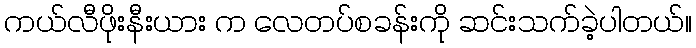
ကယ်လီဖိုးနီးယား က လေတပ်စခန်းကို ဆင်းသက်ခဲ့ပါတယ်။